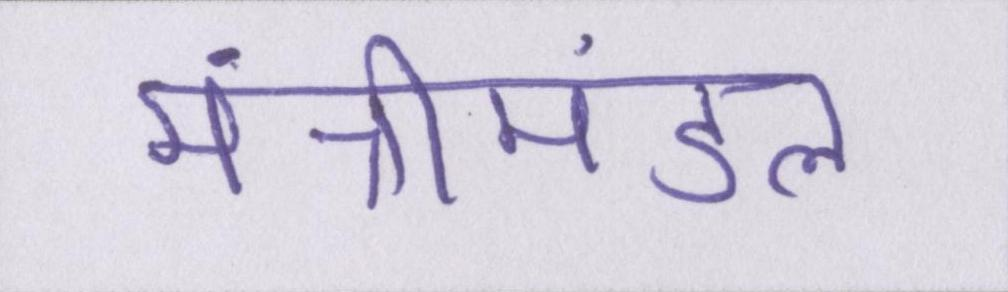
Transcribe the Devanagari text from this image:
मंत्रीमंडल